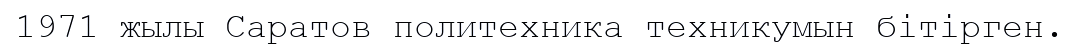
1971 жылы Саратов политехника техникумын бітірген.